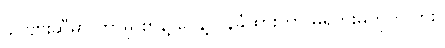
ခင်ဗျားဆီမှာ ဘာမှ စာနဲ့ ပေနဲ့ ဝန်ခံထားတာ မရှိဘူးမဟုတ်လား။